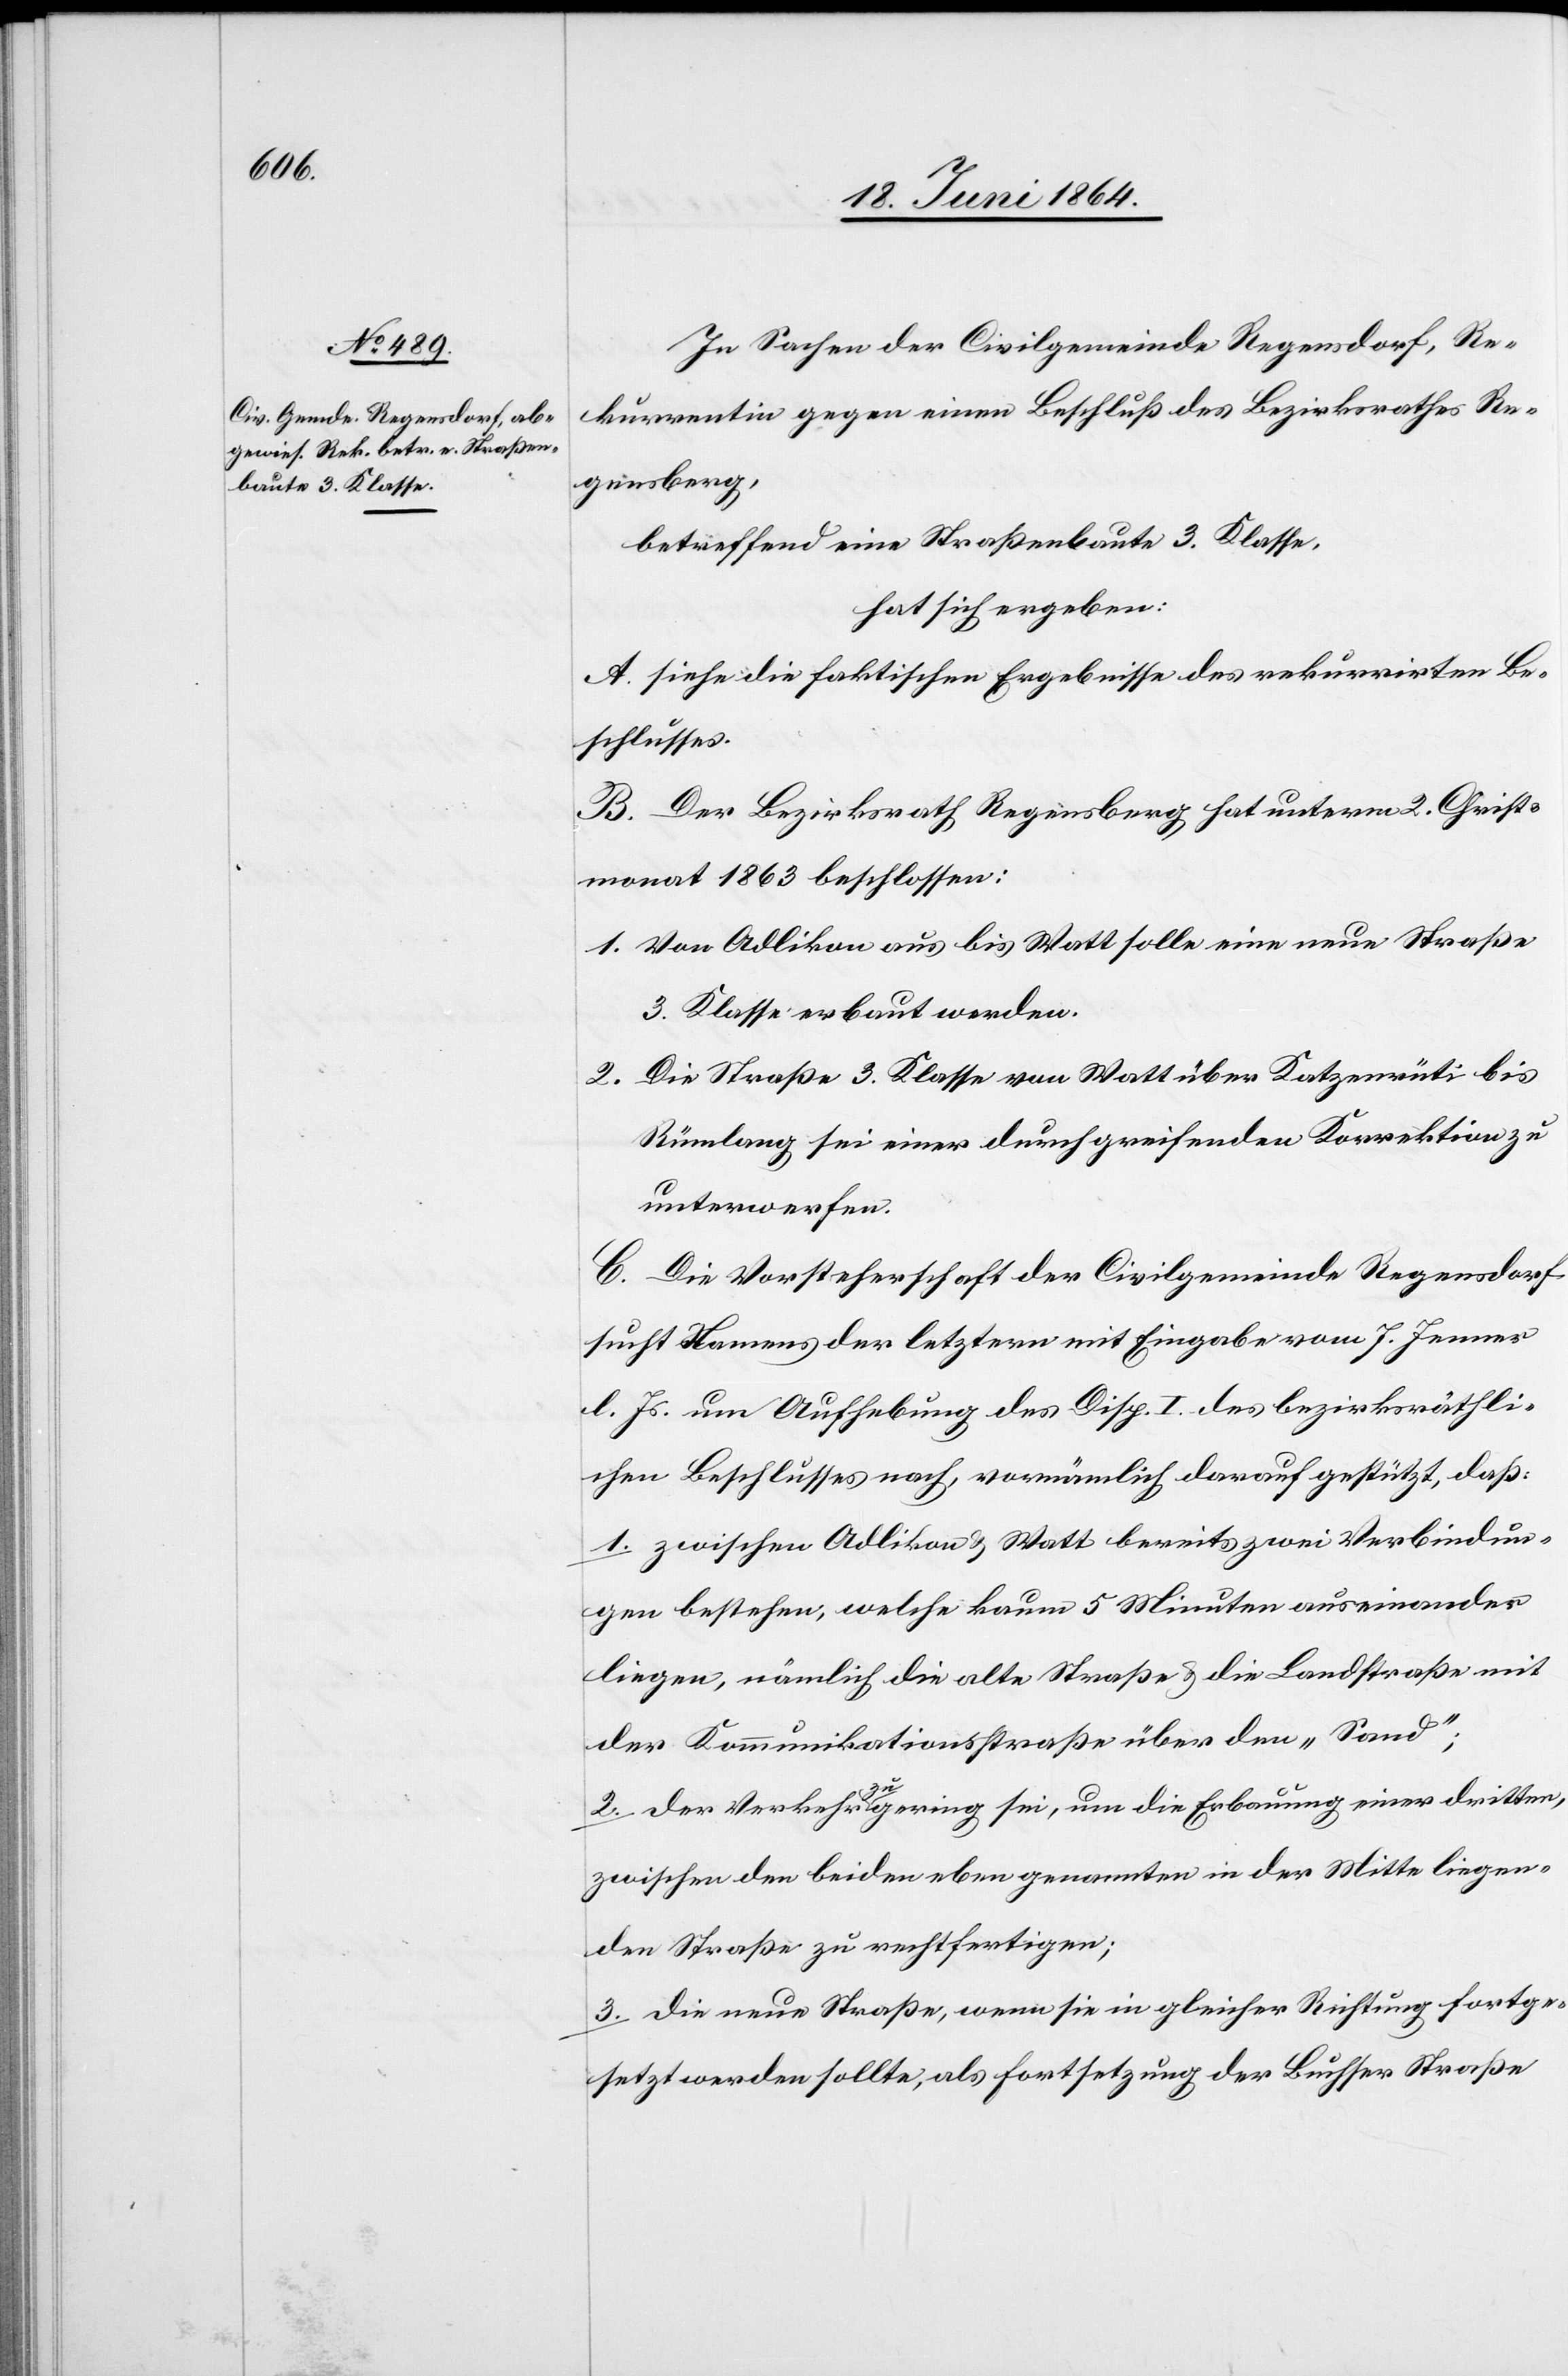
In Sachen der Civilgemeinde Regensdorf, Re¬
kurrentin gegen einen Beschluß des Bezirksrathes Re¬
gensberg,
betreffend eine Straßenbaute 3. Klasse,
hat sich ergeben:
A. siehe die faktischen Ergebnisse des rekurrirten Be¬
schlusses.
B. Der Bezirksrath Regensberg hat unterm 2. Christ¬
monat 1863 beschlossen:
1. Von Adlikon aus bis Watt solle eine neue Straße
3. Klasse erbaut werden.
2. Die Straße 3. Klasse von Watt über Katzenrüti bis
Rümlang sei einer durchgreifenden Korrektion zu
unterwerfen.
C. Die Vorsteherschaft der Civilgemeinde Regensdorf
sucht Namens der letztern mit Eingabe vom 7. Jenner
l. Js. um Aufhebung des Disp. I. des bezirksräthli¬
chen Beschlusses nach, vornämlich [sic!] darauf gestützt, daß:
1. zwischen Adlikon u. Watt bereits zwei Verbindun¬
gen bestehen, welche kaum 5 Minuten auseinander
liegen, nämlich die alte Straße u. die Landstraße mit
der Kommunikationsstraße über den „Sand“;
2. der Verkehr zu gering sei, um die Erbauung einer dritten,
zwischen den beiden eben genannten in der Mitte liegen¬
den Straße zu rechtfertigen;
3. die neue Straße, wenn sie in gleicher Richtung fortge¬
setzt werden sollte, als Fortsetzung der Buchser Straße